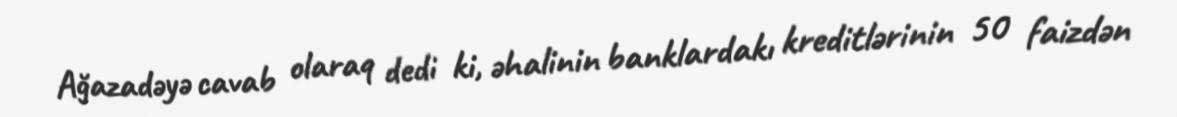
Ağazadəyə cavab olaraq dedi ki, əhalinin banklardakı kreditlərinin 50 faizdən